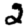
Digit: 2